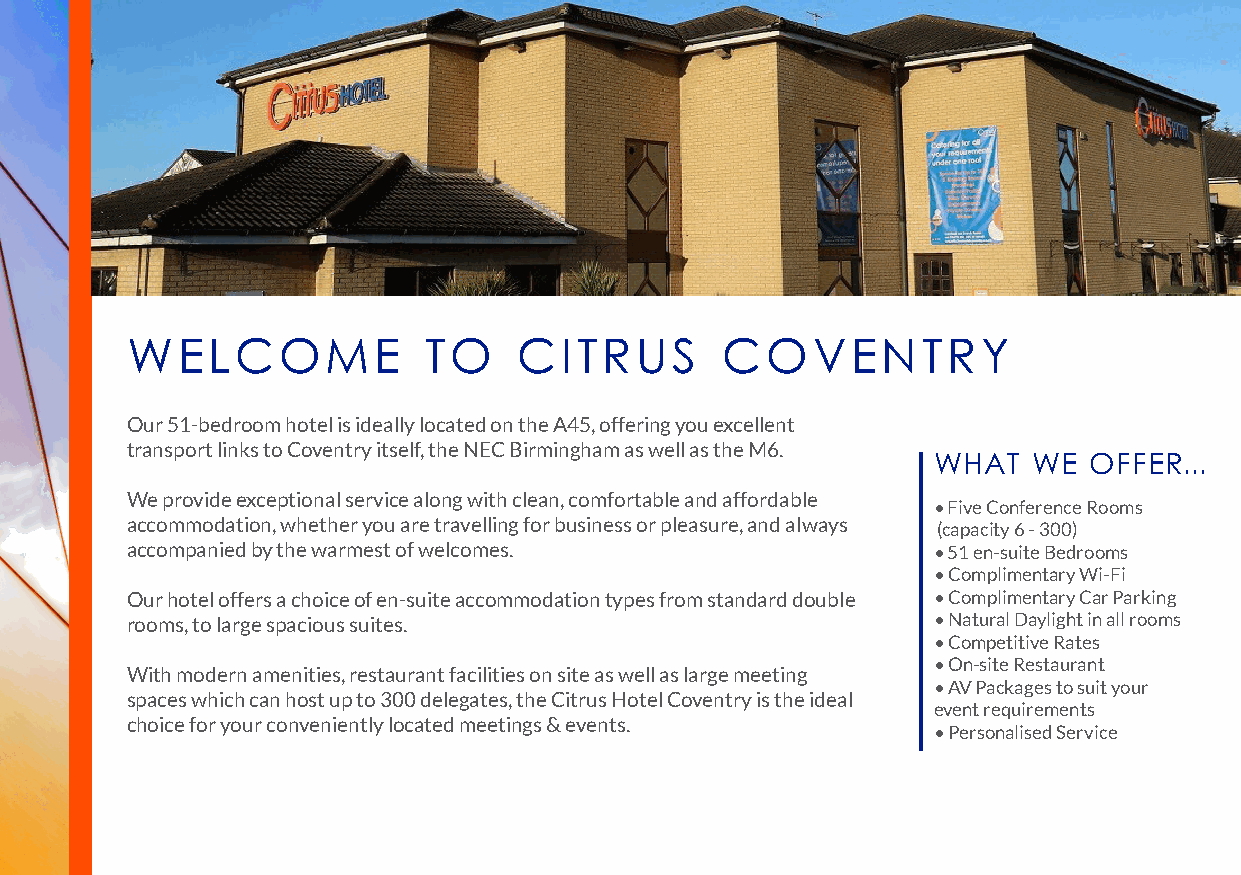
WELCOME             TO    CITRUS        COVENTRY
 Our 51-bedroom hotel is ideally located on the A45, offering you excellent
 transport links to Coventry itself, the NEC Birmingham as well as the M6.
 WHAT  WE  OFFER...
 We provide exceptional service along with clean, comfortable and affordable
 • Five Conference Rooms
 accommodation, whether you are travelling for business or pleasure, and always (capacity 6 - 300)
 accompanied by the warmest of welcomes.               • 51 en-suite Bedrooms
 • Complimentary Wi-Fi
 Our hotel offers a choice of en-suite accommodation types from standard double • Complimentary Car Parking
 rooms, to large spacious suites.                      • Natural Daylight in all rooms
 • Competitive Rates
 • On-site Restaurant
 With modern amenities, restaurant facilities on site as well as large meeting
 • AV Packages to suit your
 spaces which can host up to 300 delegates, the Citrus Hotel Coventry is the ideal
 event requirements
 choice for your conveniently located meetings & events.
 • Personalised Service